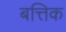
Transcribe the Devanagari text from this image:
बत्तिक